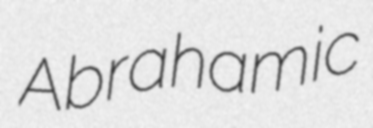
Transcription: Abrahamic